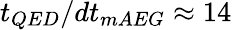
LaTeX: t_{QED}/dt_{mAEG}\approx 14